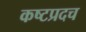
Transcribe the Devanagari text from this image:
कष्टप्रदच